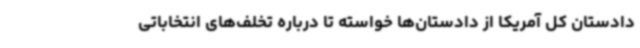
دادستان کل آمریکا از دادستان‌ها خواسته تا درباره تخلف‌های انتخاباتی